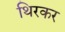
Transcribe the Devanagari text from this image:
थिरकर